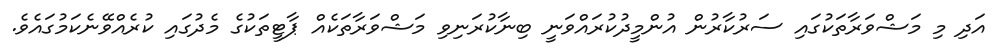
އަދި މި މަޝްވަރާތަކުގައި ސަރުކާރުން އުންމީދުކުރައްވަނީ ބިނާކުރަނިވި މަޝްވަރާތަކެއް ޕާޓީތަކުގެ މެދުގައި ކުރެއްވޭނެކަމުގައެވެ.